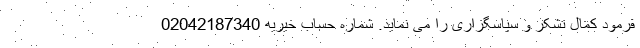
فرمود کمال تشکر و سپاسگزاری را می نماید. شماره حساب خیریه 02042187340